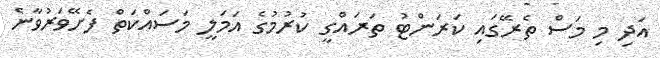
އަދި މި މަސް ތެރޭގައި ކަރަންޓު ތަރައްގީ ކުރުމުގެ އަމަލީ މަސައްކަތް ފެށޭވަރުވާނެ